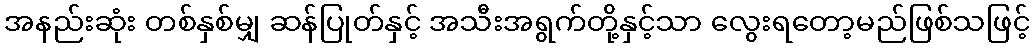
အနည်းဆုံး တစ်နှစ်မျှ ဆန်ပြုတ်နှင့် အသီးအရွက်တို့နှင့်သာ လွေးရတော့မည်ဖြစ်သဖြင့်